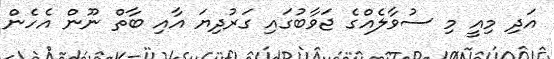
އަދި މިއީ މި ސުވާލެއްގެ ޖަވާބުގައި ގަރުދިޔަ އާއި ބާތް ނޫން އެހެން